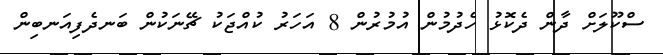
ސްކޫލަށް ދާން ދެކޮޅު ހެދުމުން އުމުރުން 8 އަހަރު ކުއްޖަކު ޗޭނަކުން ބަނދެފިއަނބިން